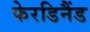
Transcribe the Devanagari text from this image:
फेरडिनैंड